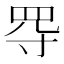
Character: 㝶